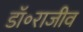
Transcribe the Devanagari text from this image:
डॉ॰राजीव